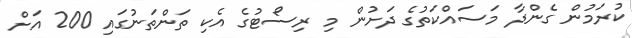
ކުރަމުން ގެންދާ މަސައްކަތުގެ ދަށުން މި ރިސޯޓުގެ އެކި ތަންތަނުގައި 200 އަށް